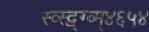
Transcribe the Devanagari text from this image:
स्व्स्द्व्ग्व्म्४६५४